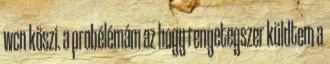
wcn köszi. a probélémám az hogy rengetegszer küldtem a